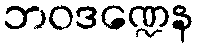
ဘဝဒဏ္ဍေန